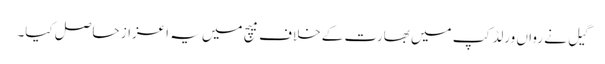
گیل نے رواں ورلڈ کپ میں بھارت کے خلاف میچ میں یہ اعزاز حاصل کیا۔